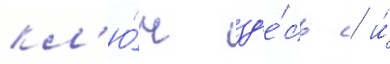
кл'ю́ч зд'е́сь / и́